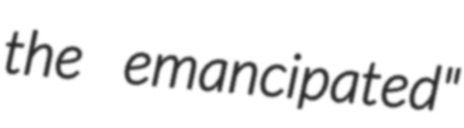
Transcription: the emancipated"